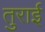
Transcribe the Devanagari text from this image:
तुराई